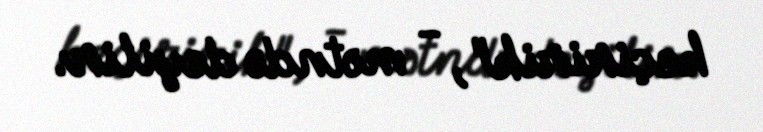
keçiririk", - mətndə deyilir.